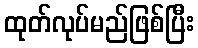
ထုတ်လုပ်မည်ဖြစ်ပြီး